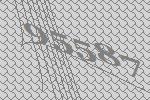
95587